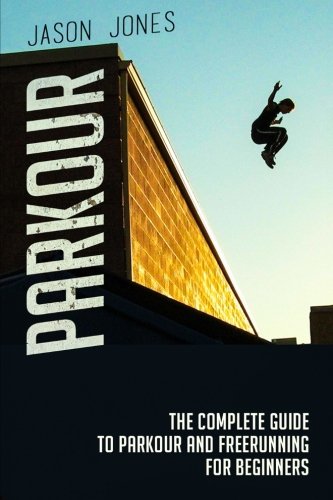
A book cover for Parkour: The Complete Guide To Parkour and Freerunning For Beginners; Jason Jones; Sports & Outdoors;